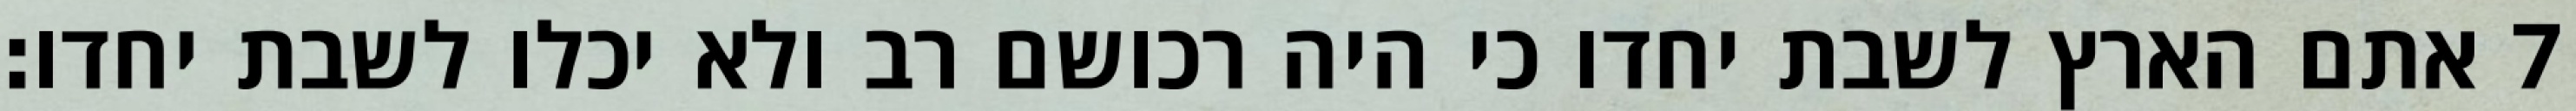
אתם הארץ לשבת יחדו כי היה רכושם רב ולא יכלו לשבת יחדו׃ ‎7‏